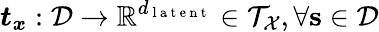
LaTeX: {\boldsymbol{t}}_{\boldsymbol{x}}:\mathcal{D}\to\mathbb{R}^{d_{\mathrm{~l~a~t~e~n~t~}}}\in\mathcal{{T}}_{\mathcal{X}},\forall\mathbf{s}\in\mathcal{D}